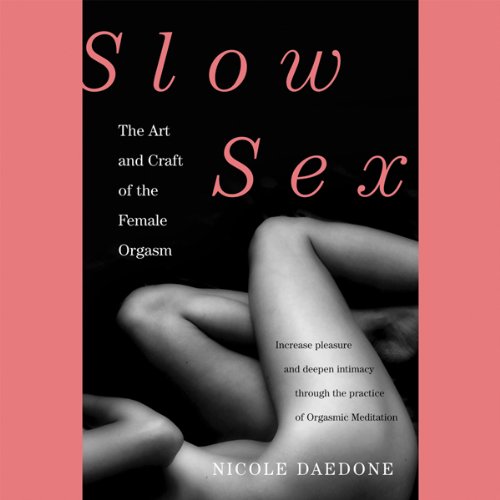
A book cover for Slow Sex: The Art and Craft of the Female Orgasm; Nicole Daedone; Health, Fitness & Dieting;